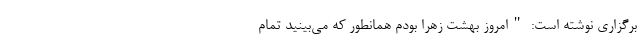
برگزاری نوشته است: "امروز بهشت زهرا بودم همانطور که می‌بینید تمام